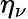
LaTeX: \eta_{\nu}